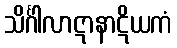
သိင်္ဂါလာဋာနာဋိယကံ